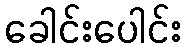
ခေါင်းပေါင်း